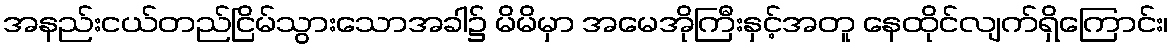
အနည်းငယ်တည်ငြိမ်သွားသောအခါ၌ မိမိမှာ အမေအိုကြီးနှင့်အတူ နေထိုင်လျက်ရှိကြောင်း၊